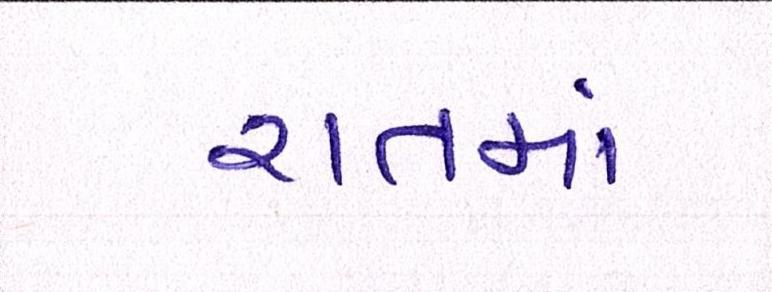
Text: રાતમાં